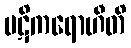
ပဋိကရောဟီတိ